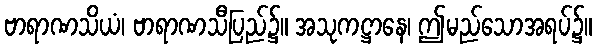
ဗာရာဏသိယံ၊ ဗာရာဏသီပြည်၌။ အသုကဋ္ဌာနေ၊ ဤမည်သောအရပ်၌။